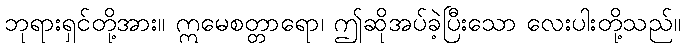
ဘုရားရှင်တို့အား။ ဣမေစတ္တာရော၊ ဤဆိုအပ်ခဲ့ပြီးသော လေးပါးတို့သည်။